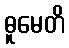
ဓူမေတိ